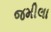
જમીલા